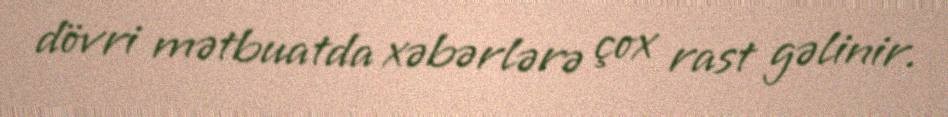
dövri mətbuatda xəbərlərə çox rast gəlinir.